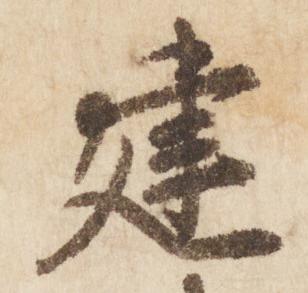
建